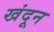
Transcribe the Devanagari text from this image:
खंदून